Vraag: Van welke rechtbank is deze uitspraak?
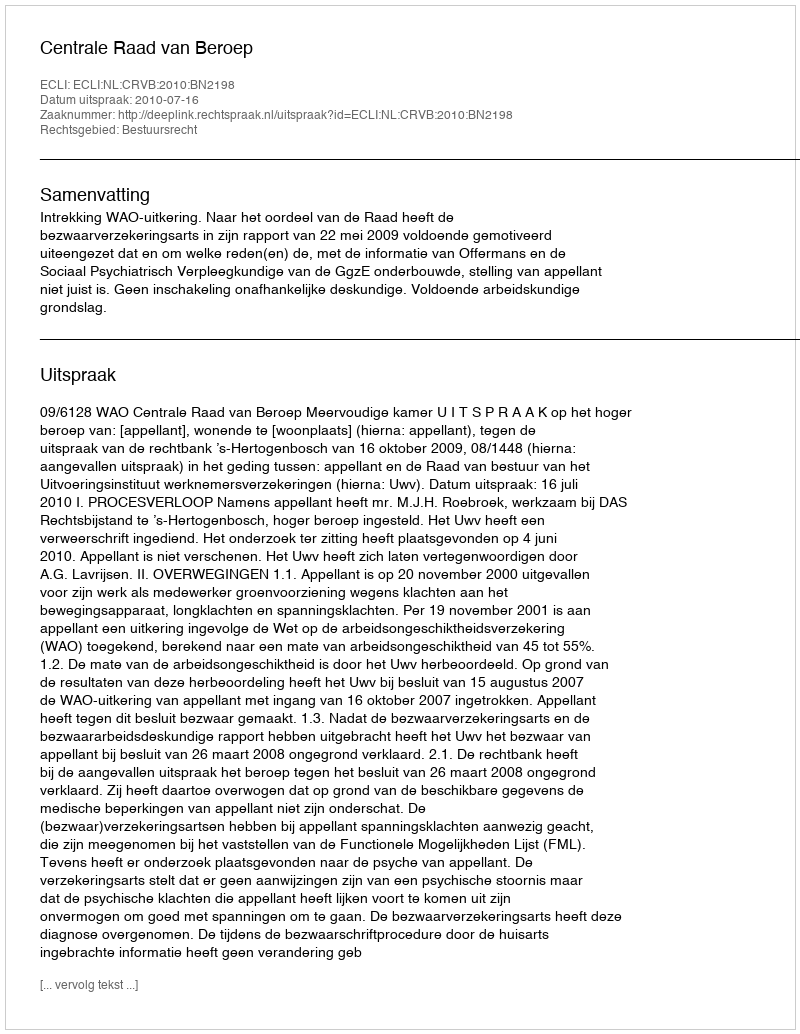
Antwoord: Centrale Raad van Beroep